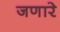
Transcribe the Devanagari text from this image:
जणारे